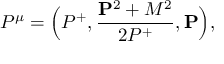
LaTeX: P ^ { \mu } = \Big ( P ^ { + } , { \frac { { \bf P } ^ { 2 } + M ^ { 2 } } { 2 P ^ { + } } } , { \bf P } \Big ) ,